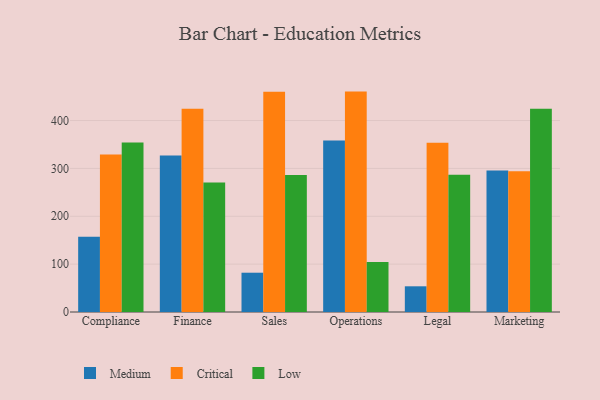
{"axis": {"x": "Department", "y": "Production Output"}, "legend": ["Critical", "Low", "Medium"], "data": [{"x": "Compliance", "y": 157.1, "type": "Medium"}, {"x": "Compliance", "y": 328.9, "type": "Critical"}, {"x": "Compliance", "y": 354.4, "type": "Low"}, {"x": "Finance", "y": 327.2, "type": "Medium"}, {"x": "Finance", "y": 424.7, "type": "Critical"}, {"x": "Finance", "y": 270.7, "type": "Low"}, {"x": "Sales", "y": 82.1, "type": "Medium"}, {"x": "Sales", "y": 460.0, "type": "Critical"}, {"x": "Sales", "y": 286.2, "type": "Low"}, {"x": "Operations", "y": 358.3, "type": "Medium"}, {"x": "Operations", "y": 460.5, "type": "Critical"}, {"x": "Operations", "y": 104.3, "type": "Low"}, {"x": "Legal", "y": 53.7, "type": "Medium"}, {"x": "Legal", "y": 353.8, "type": "Critical"}, {"x": "Legal", "y": 286.8, "type": "Low"}, {"x": "Marketing", "y": 295.6, "type": "Medium"}, {"x": "Marketing", "y": 294.1, "type": "Critical"}, {"x": "Marketing", "y": 424.9, "type": "Low"}]}